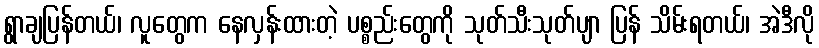
ရွာချပြန်တယ်၊ လူတွေက နေလှန်းထားတဲ့ ပစ္စည်းတွေကို သုတ်သီးသုတ်ပျာ ပြန် သိမ်းရတယ်၊ အဲဒီလို